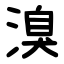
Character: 溴